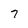
Character: 7